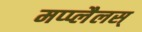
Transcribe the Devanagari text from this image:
मप्प्लैलस्